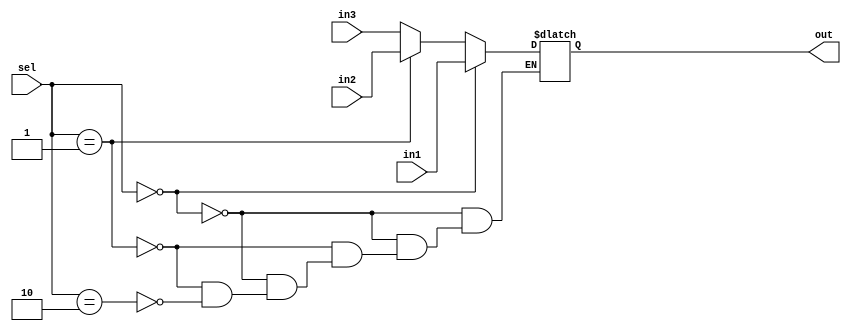
module mux3to1(
	input wire[31:0]in1,
	input wire[31:0]in2,
	input wire[31:0]in3,
	input wire[1:0]sel,
	output reg[31:0]out
);


	 always @(in1,in2,in3,sel) begin
    if(sel == 0)
        out = in1;
    else if(sel == 1)
        out = in2;
	 else if (sel == 2)
			out = in3;
    end   


endmodule